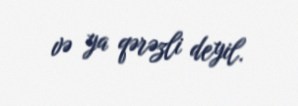
və ya qərəzli deyil.